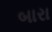
બારા